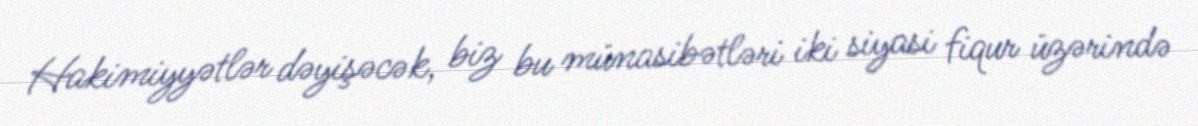
Hakimiyyətlər dəyişəcək, biz bu münasibətləri iki siyasi fiqur üzərində